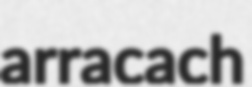
arracach